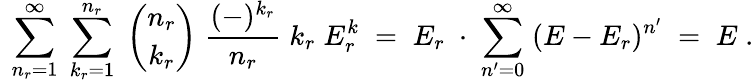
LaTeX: \ \sum_{n_{r}=1}^{\infty}\; \sum_{k_{r}=1}^{n_{r}}\; {\binom{n_{r}}{k_{r}}}\; \frac{(-)^{k_{r}}}{n_{r}}\; k_{r}\; E_{r}^{k}\; =\; E_{r}\; \cdot\; \sum_{n^{\prime}=0}^{\infty}\; (E-E_{r})^{n^{\prime}}\; =\; E\; .